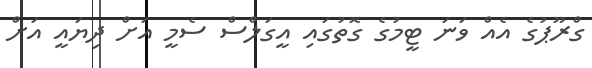
ގްރޫޕުގެ އެއް ވަނަ ޓީމުގެ ގޮތުގައި އީގަލްސް ސެމީ އަށް ދިޔައީ އަށް